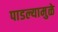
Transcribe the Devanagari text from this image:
पाडल्यामुळे